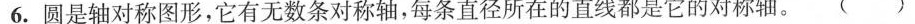
6. 圆是轴对称图形，它有无数条对称轴，每条直径所在的直线都是它的对称轴。( )